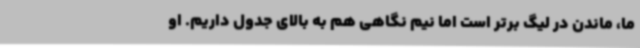
ما، ماندن در لیگ برتر است اما نیم نگاهی هم به بالای جدول داریم. او